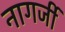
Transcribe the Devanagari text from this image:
नागर्जी